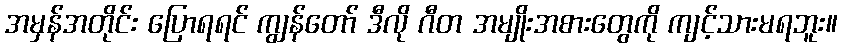
အမှန်အတိုင်း ပြောရရင် ကျွန်တော် ဒီလို ဂီတ အမျိုးအစားတွေကို ကျင့်သားမရဘူး။